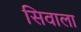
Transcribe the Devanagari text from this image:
सिवाला